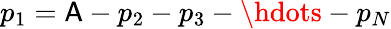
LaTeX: p_{1}=\mathsf{A}-p_{2}-p_{3}-\hdots-p_{N}